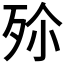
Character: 𣧠